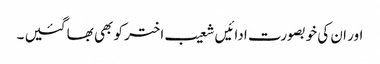
اور ان کی خوبصورت ادائیں شعیب اختر کو بھی بھا گئیں ۔